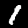
Digit: 1